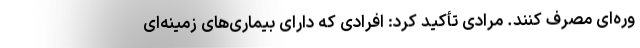
وره‌ای مصرف کنند. مرادی تأکید کرد: افرادی که دارای بیماری‌های زمینه‌ای